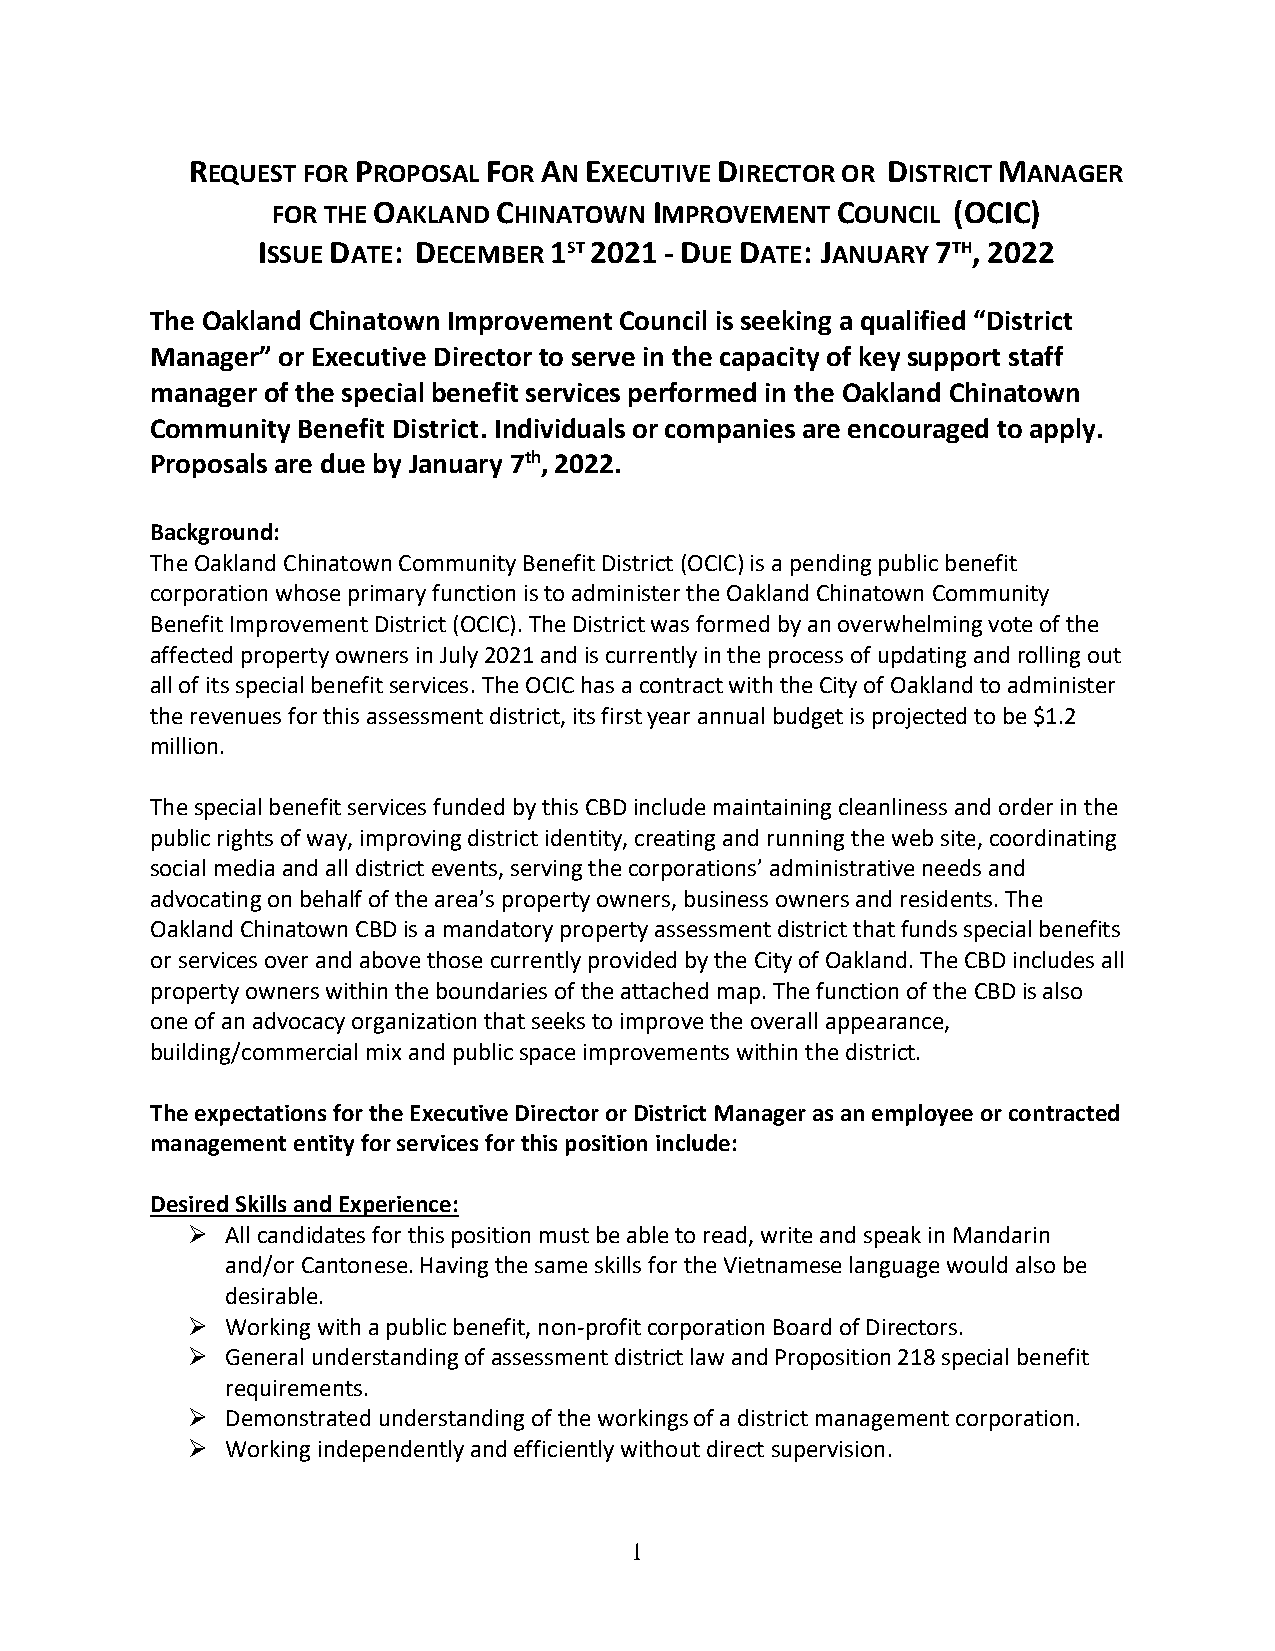
REQUEST FOR PROPOSAL FOR AN EXECUTIVE DIRECTOR OR DISTRICT MANAGER
 FOR THE OAKLAND CHINATOWN IMPROVEMENT COUNCIL (OCIC)
 ISSUE DATE: DECEMBER 1ST 2021 - DUE DATE: JANUARY 7TH, 2022
 The Oakland Chinatown Improvement Council is seeking a qualified “District
 Manager” or Executive Director to serve in the capacity of key support staff
 manager of the special benefit services performed in the Oakland Chinatown
 Community Benefit District. Individuals or companies are encouraged to apply.
 Proposals are due by January 7th, 2022.
 Background:
 The Oakland Chinatown Community Benefit District (OCIC) is a pending public benefit
 corporation whose primary function is to administer the Oakland Chinatown Community
 Benefit Improvement District (OCIC). The District was formed by an overwhelming vote of the
 affected property owners in July 2021 and is currently in the process of updating and rolling out
 all of its special benefit services. The OCIC has a contract with the City of Oakland to administer
 the revenues for this assessment district, its first year annual budget is projected to be $1.2
 million.
 The special benefit services funded by this CBD include maintaining cleanliness and order in the
 public rights of way, improving district identity, creating and running the web site, coordinating
 social media and all district events, serving the corporations’ administrative needs and
 advocating on behalf of the area’s property owners, business owners and residents. The
 Oakland Chinatown CBD is a mandatory property assessment district that funds special benefits
 or services over and above those currently provided by the City of Oakland. The CBD includes all
 property owners within the boundaries of the attached map. The function of the CBD is also
 one of an advocacy organization that seeks to improve the overall appearance,
 building/commercial mix and public space improvements within the district.
 The expectations for the Executive Director or District Manager as an employee or contracted
 management entity for services for this position include:
 Desired Skills and Experience:
 ➢  All candidates for this position must be able to read, write and speak in Mandarin
 and/or Cantonese. Having the same skills for the Vietnamese language would also be
 desirable.
 ➢  Working with a public benefit, non-profit corporation Board of Directors.
 ➢  General understanding of assessment district law and Proposition 218 special benefit
 requirements.
 ➢  Demonstrated understanding of the workings of a district management corporation.
 ➢  Working independently and efficiently without direct supervision.
 1